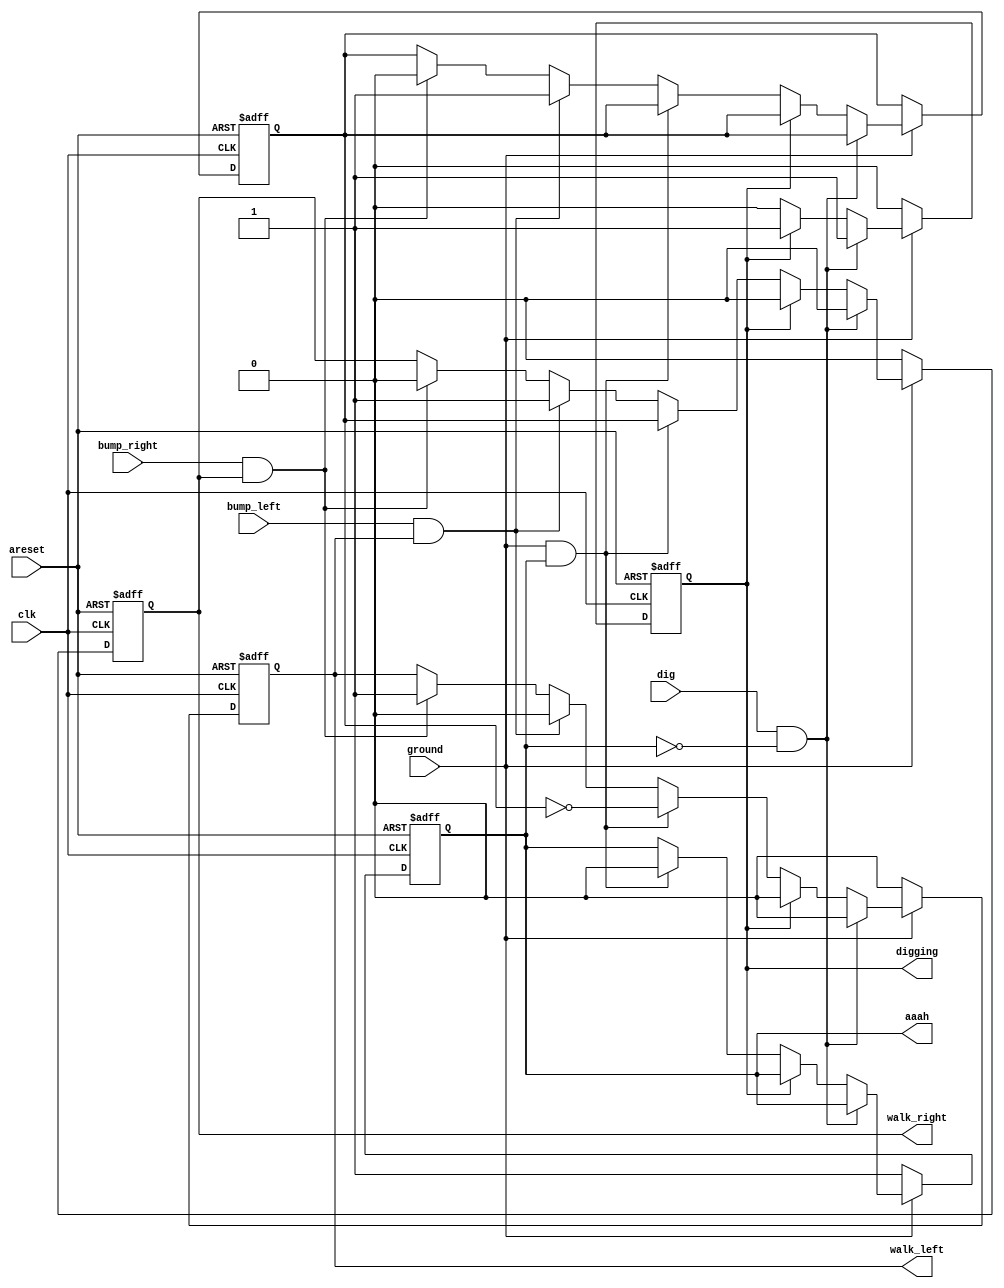
module top_module(
    input clk,
    input areset,    // Freshly brainwashed Lemmings walk left.
    input bump_left,
    input bump_right,
    input ground,
    input dig,
    output reg walk_left,
    output reg walk_right,
    output reg aaah,
    output reg digging ); 
    reg dir;
    always@(posedge clk or posedge areset)begin
        if(areset)begin
            walk_left<=1;
            walk_right<=0;
            aaah<=0;
            digging<=0;
            dir<=0;
        end
        else begin
            if(ground==0) begin
            	walk_left<=0;
            	walk_right<=0;
            	aaah<=1;
            	digging<=0;
            end
            else if(dig&&aaah==0) begin
                walk_left<=0;
            	walk_right<=0;
            	digging<=1;
            end
            else if(digging) begin
                walk_left<=0;
            	walk_right<=0;
            	digging<=1;
            end
            else if(ground==1&&aaah==1)begin
                aaah<=0;
                walk_right<=dir;
                walk_left<=~dir;
            end
            else if(bump_left&&walk_left)begin
                walk_right<=1;
                walk_left<=0;
                dir<=1;
            end
            else if(bump_right&&walk_right)begin
                walk_right<=0;
                walk_left<=1;
                dir<=0;
            end
        end
    end
endmodule